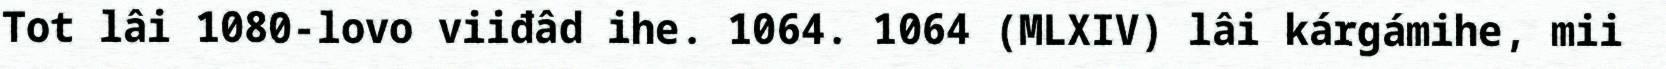
Tot lâi 1080-lovo viiđâd ihe. 1064. 1064 (MLXIV) lâi kárgámihe, mii